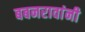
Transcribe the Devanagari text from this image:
बबनरावांनी